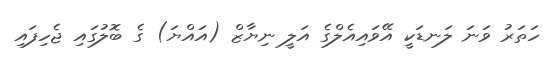
ހަތަރު ވަނަ ލަނޑަކީ އޭވައިއެލްގެ އަލީ ނިޔާޒް (އައްޔަ) ގެ ބޮލުގައި ޖެހިފައި